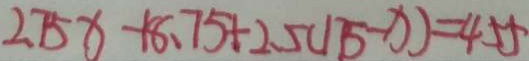
2 . 7 5 x + 8 . 7 5 + 2 . 5 ( 1 7 5 - x ) = 4 5 5